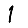
Digit: 1